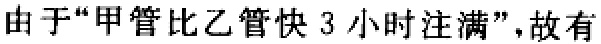
由于“甲管比乙管快 3 小时注满”，故有